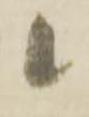
候